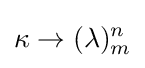
\displaystyle \kappa \rightarrow (\lambda )_{m}^{n}